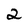
Character: 2